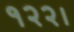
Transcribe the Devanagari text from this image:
१२२।